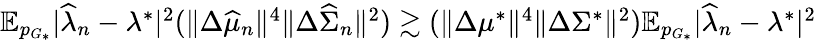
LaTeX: \begin{array}{r}{\mathbb{E}_{p_{G_{*}}}|\widehat{\lambda}_{n}-\lambda^{*}|^{2}(\| \Delta\widehat{\mu}_{n}\| ^{4}\| \Delta\widehat{\Sigma}_{n}\| ^{2})\gtrsim(\| \Delta\mu^{*}\| ^{4}\| \Delta\Sigma^{*}\| ^{2})\mathbb{E}_{p_{G_{*}}}|\widehat{\lambda}_{n}-\lambda^{*}|^{2}}\end{array}